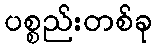
ပစ္စည်းတစ်ခု